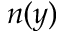
n ( y )